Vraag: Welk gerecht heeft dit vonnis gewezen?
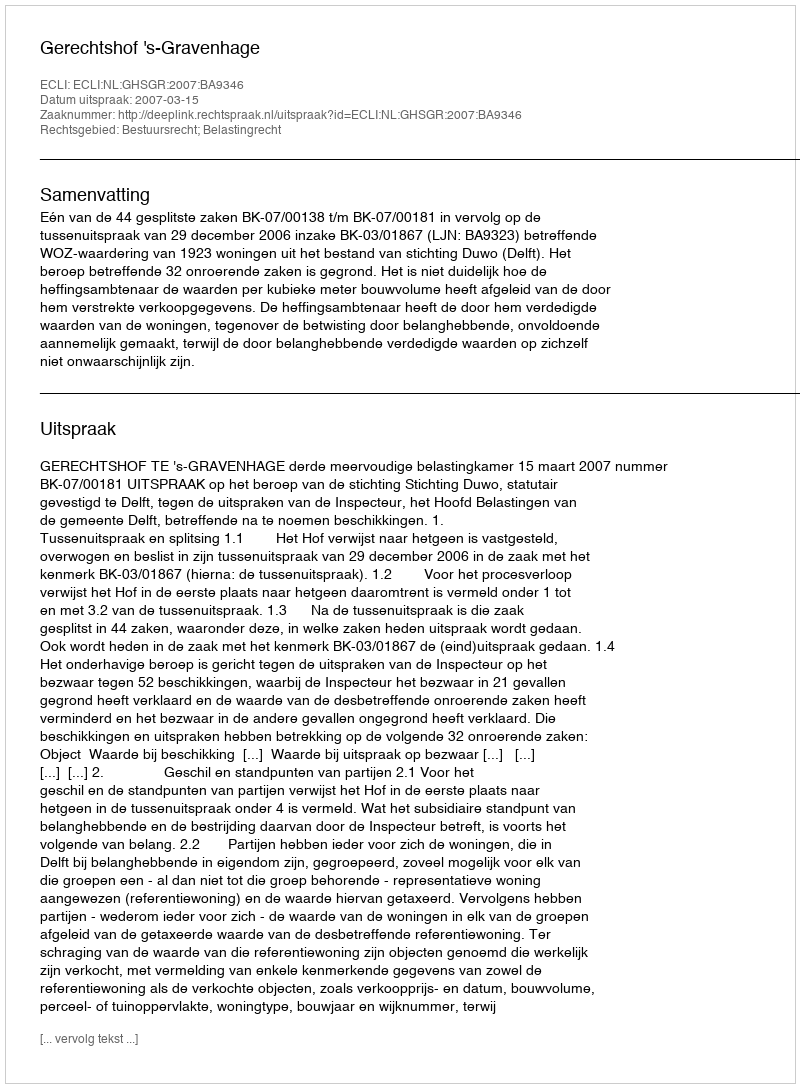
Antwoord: Gerechtshof 's-Gravenhage